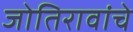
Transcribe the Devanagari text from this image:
जोतिरावांचे